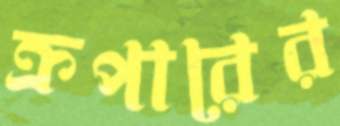
ক্রপারের